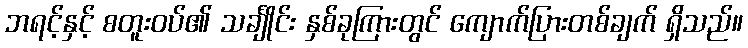
ဘရင့်နှင့် စတူးဝပ်၏ သင်္ချိုင်း နှစ်ခုကြားတွင် ကျောက်ပြားတစ်ချက် ရှိသည်။